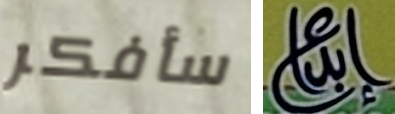
سأفكر إبداع